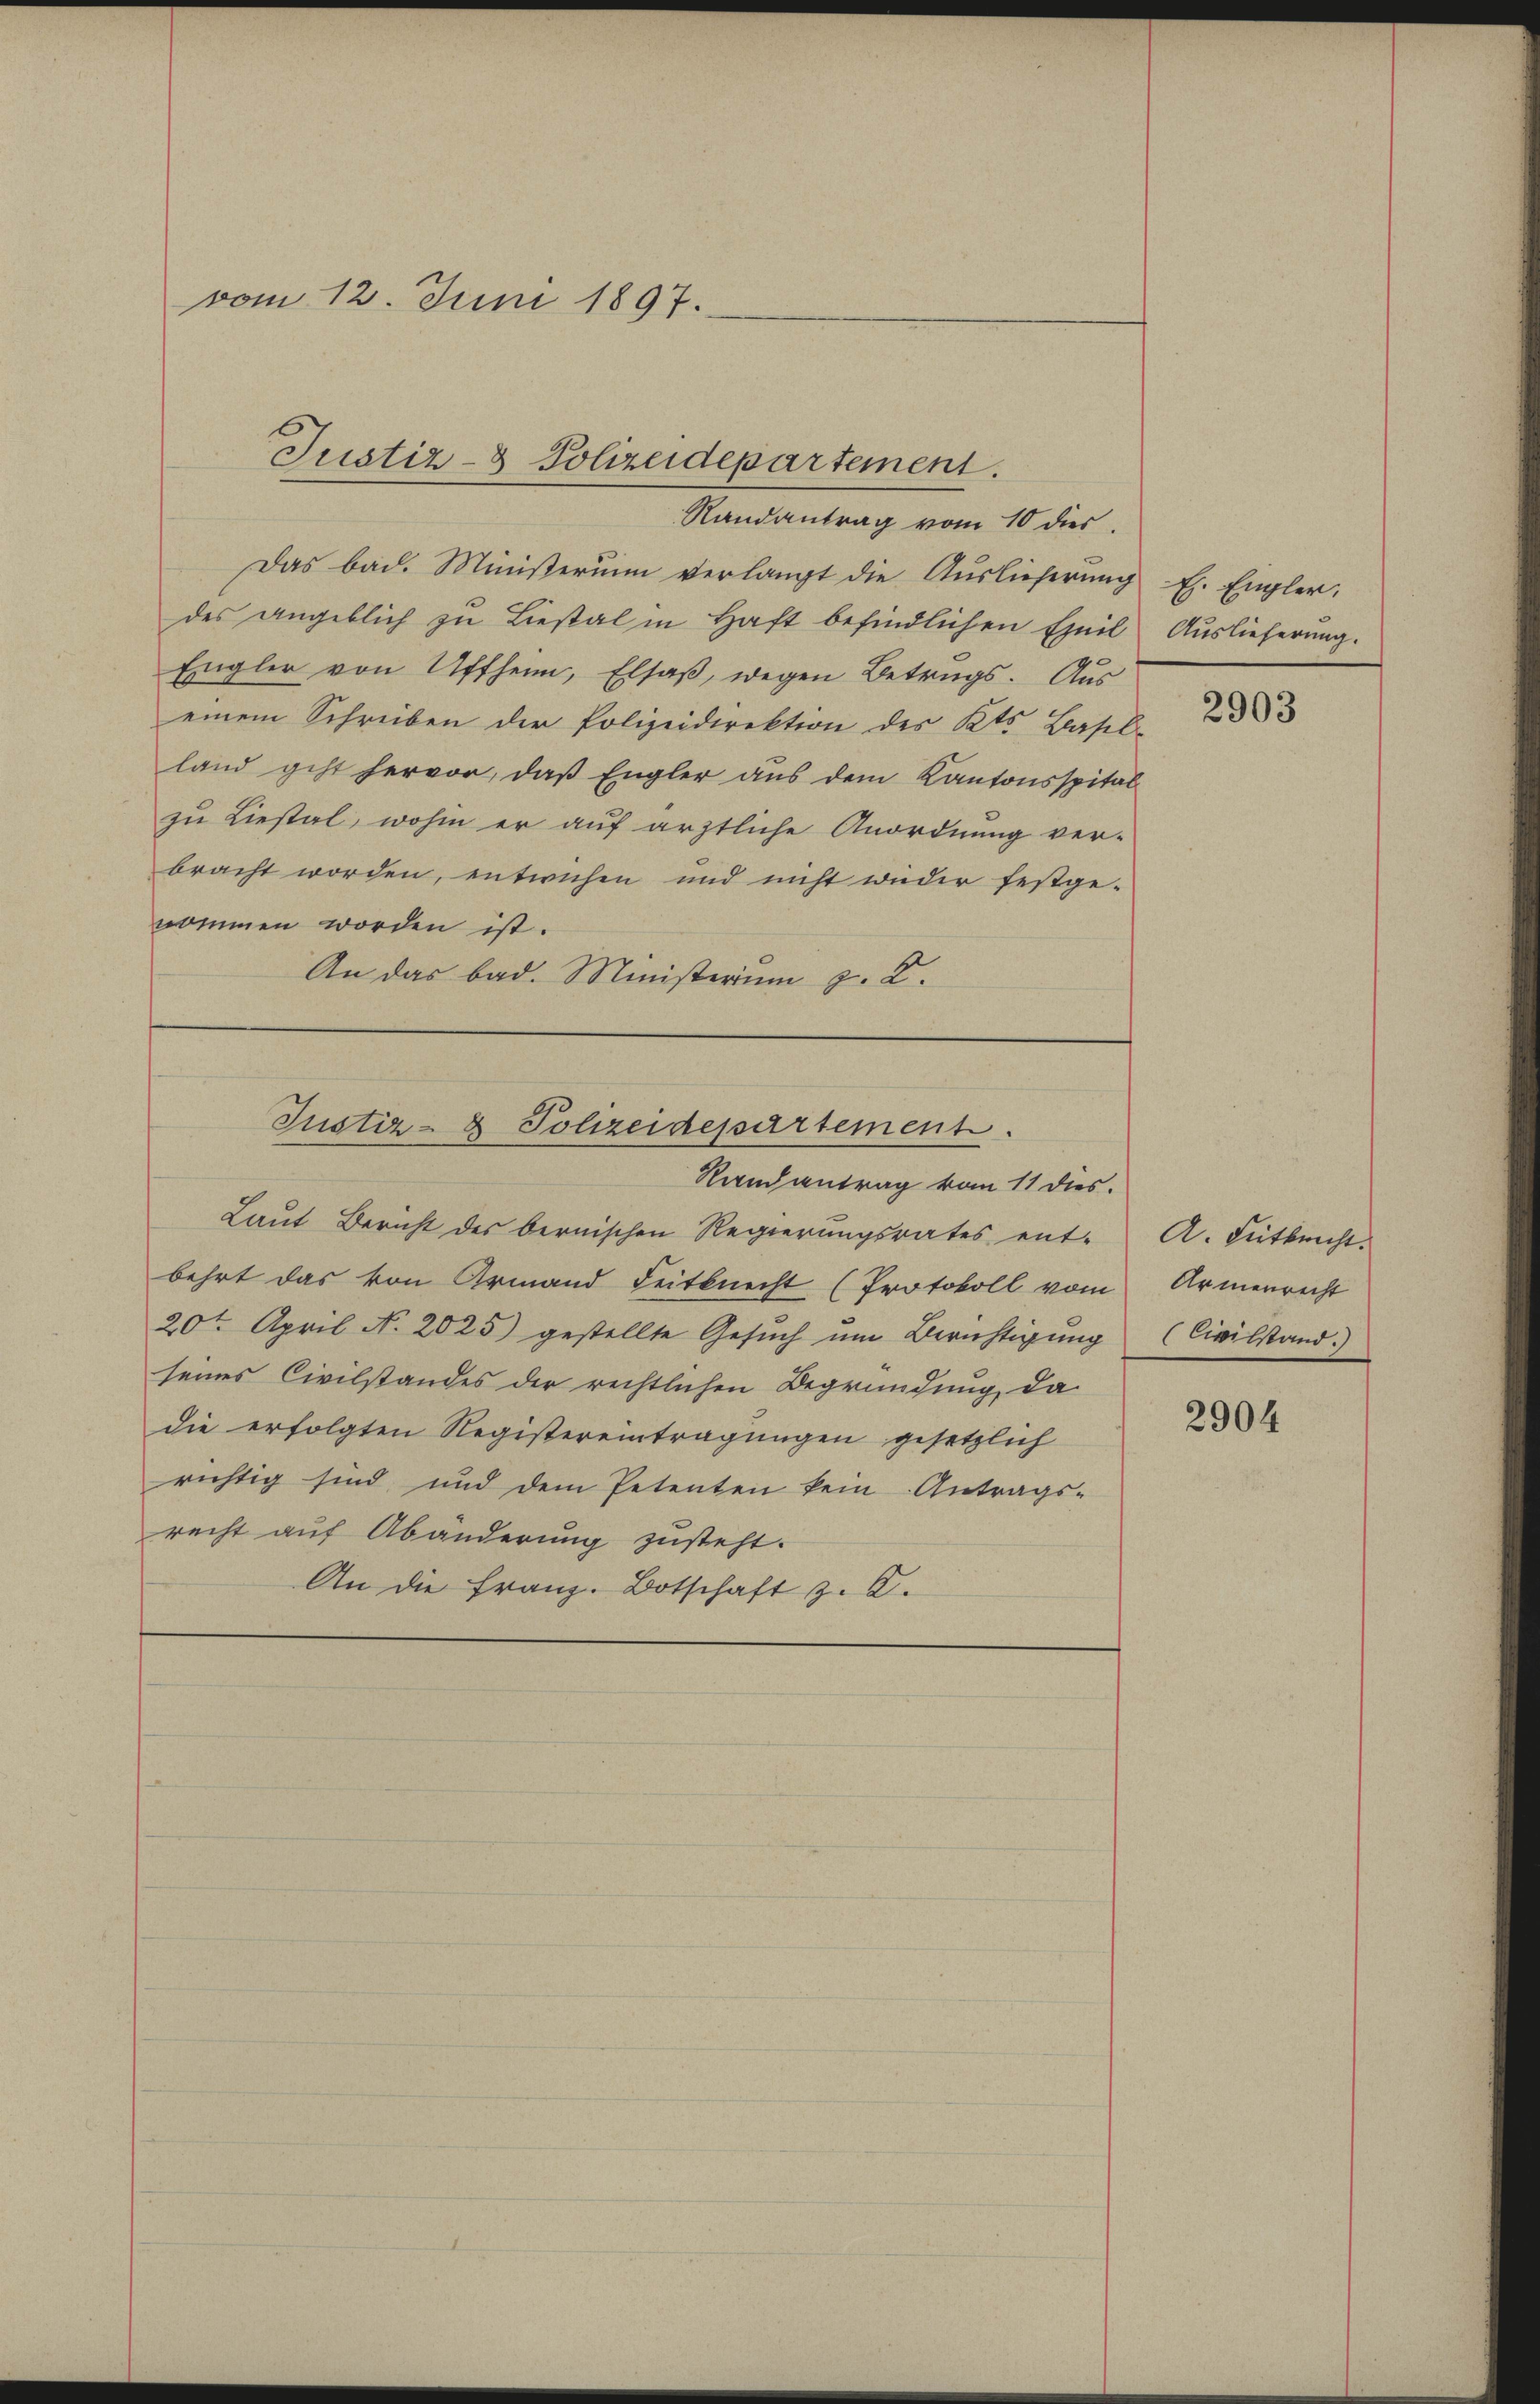
vom 12. Juni 1897.

Justiz- & Polizeidepartement.
Randantrag vom 10 dies

Das bad. Ministerium verlangt die Auslieferŭng l. Engler,
des angeblich zu Liestal in Haft befindlichen Emil
Engler von Affheim, Elsaß, wegen Betrugs. Aus
einem Schreiben der Polizeidirektion des Kts. Basel-
land geht hervor, daß Engler aus dem Kantonsspital
zu Liestal, wohin er auf ärztliche Anordnung ver-
bracht worden, entwichen und nicht weder festge-
nommen worden ist.
An das bad. Ministerium z. K.

Laut Bericht des bernischen Regierungsrates ent-
behrt das von Armand Seitknecht (Protokoll vom
20t April N. 2025) gestellte Gesuch um Berichtigung
seines Civilstandes der rechtlichen Begründung, da
die erfolgten Registereintragungen gesetzlich
richtig sind und dem Petenten kein Antrags-
recht auf Abänderung zusteht.
An die Franz-Botschaft z. B.

Justiz- & Polizeidepartement
Randantrag von 11 dies.

Auslieferung.

2903

A. Sutbrecht.
Armenrecht
Civilstand.

2904